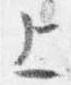
上